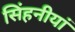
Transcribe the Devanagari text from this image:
सिंहनीयां